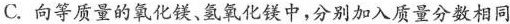
C.向等质量的氧化镁、氢氧化镁中，分别加入质量分数相同